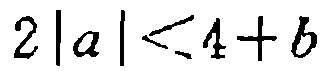
\(2|a|<4 + b\)